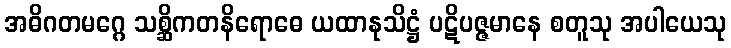
အဓိဂတမဂ္ဂေ သစ္ဆိကတနိရောဓေ ယထာနုသိဋ္ဌံ ပဋိပဇ္ဇမာနေ စတူသု အပါယေသု